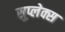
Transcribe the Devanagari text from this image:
सुप्लेक्स